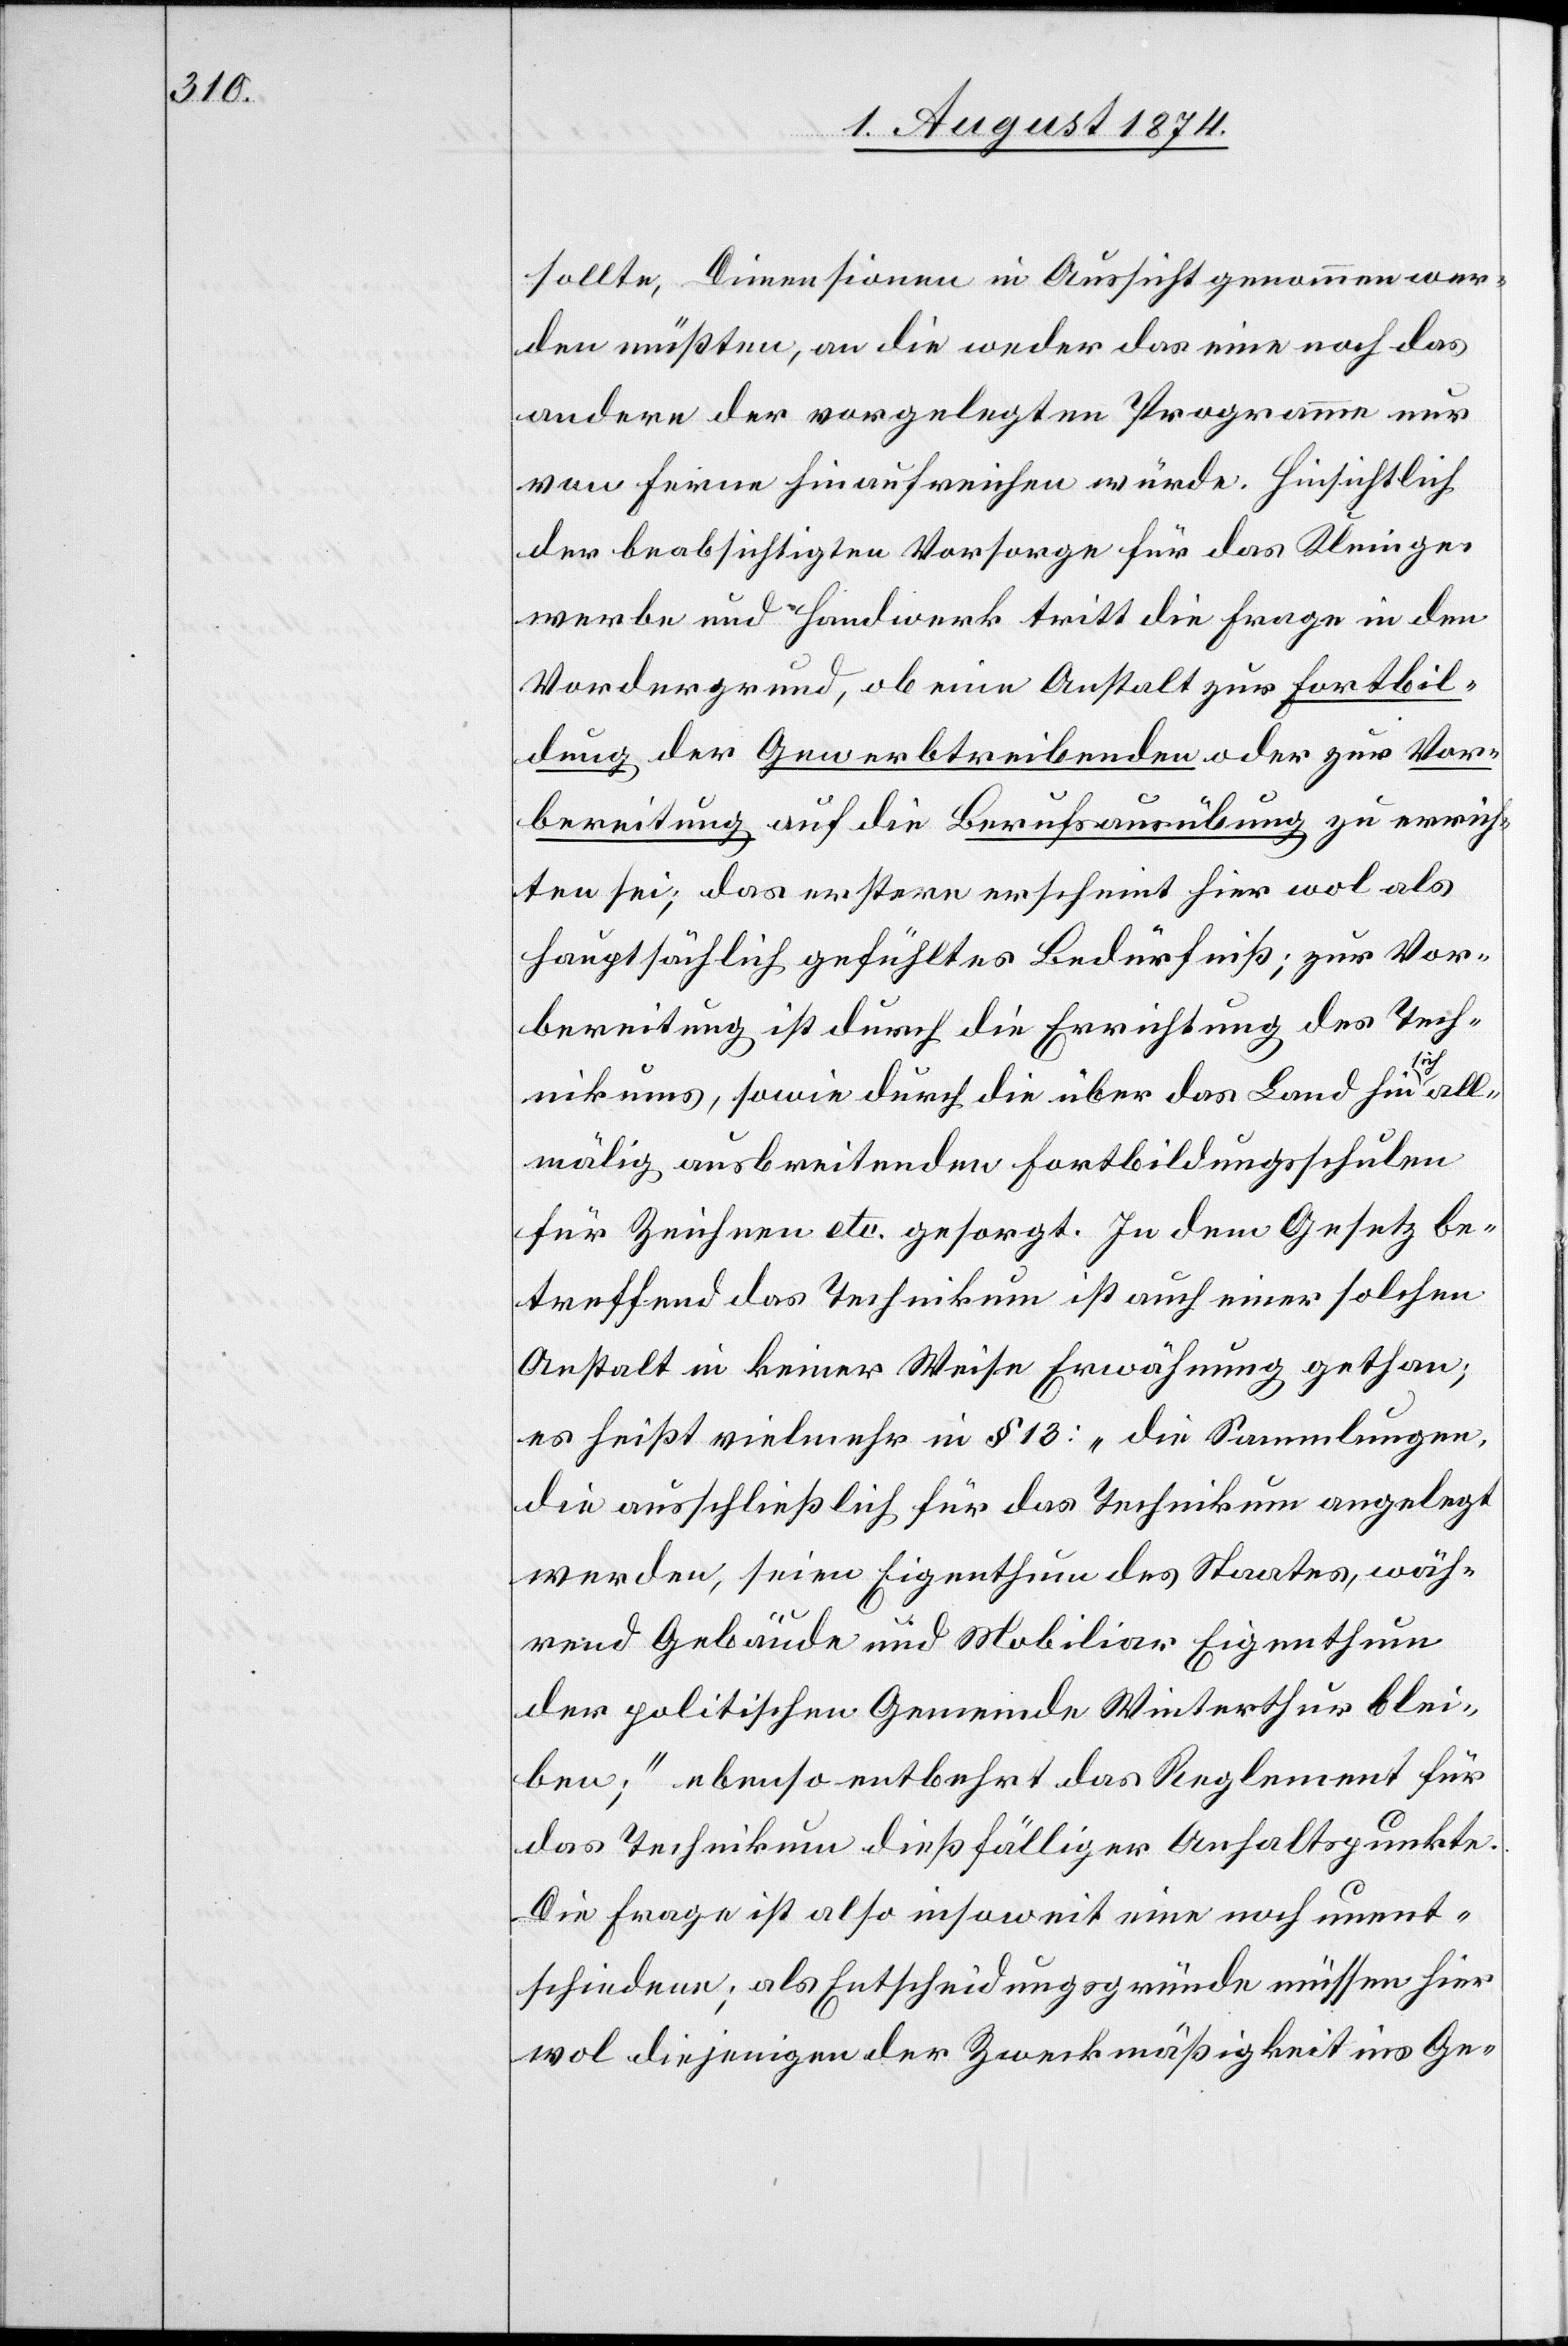
sollte, Dimensionen in Aussicht genommen wer¬
den müßten, an die weder das eine noch das
andere der vorgelegten Programme nur
von ferne hinaufreichen würde. Hinsichtlich
der beabsichtigten Vorsorge für das Kleinge¬
werbe und Handwerk tritt die Frage in den
Vordergrund, ob eine Anstalt zur Fortbil¬
dung der Gewerbetreibenden oder zur Vor¬
bereitung auf die Berufsausübung zu errich¬
ten sei; das erstern [sic!] erscheint hier wol als
hauptsächlich gefühltes Bedürfniß; zur Vor¬
bereitung ist durch die Errichtung des Tech¬
nikums, sowie durch die über das Land hin sich all¬
mälig ausbreitenden Fortbildungsschulen
für Zeichnen etc. gesorgt. In dem Gesetz be¬
treffend das Technikum ist auch einer solchen
Anstalt in keiner Weise Erwähnung gethan;
es heißt vielmehr im § 13: „die Sammlungen,
die ausschließlich für das Technikum angelegt
werden, seien Eigenthum des Staates, wäh¬
rend Gebäude und Mobiliar Eigenthum
der politischen Gemeinde Winterthur blei¬
ben;“ ebenso entbehrt das Reglement für
das Technikum dießfälliger Anhaltspunkte.
Die Frage ist also insoweit eine noch unent¬
schiedene; als Entscheidungsgründe müssen hier
wol diejenigen der Zweckmäßigkeit ins Ge-